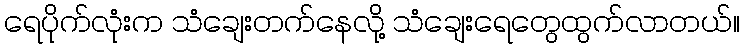
ရေပိုက်လုံးက သံချေးတက်နေလို့ သံချေးရေတွေထွက်လာတယ်။